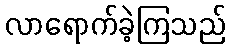
လာရောက်ခဲ့ကြသည်